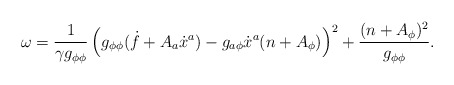
\begin{align*}\omega=\frac{1}{\gamma g_{\phi\phi}}\left(g_{\phi\phi}(\dot{f}+A_a\dot{x}^a)-g_{a\phi}\dot{x}^a (n+A_\phi)\right) ^2+\frac{(n+A_\phi)^2}{g_{\phi\phi}}.\end{align*}